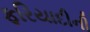
ફરિયાદીની